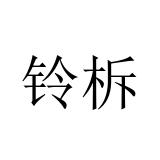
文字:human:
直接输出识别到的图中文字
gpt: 铃柝